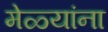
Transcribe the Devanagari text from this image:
मेळ्यांना